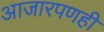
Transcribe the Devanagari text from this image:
आजारपणही